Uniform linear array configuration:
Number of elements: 4
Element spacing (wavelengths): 0.75
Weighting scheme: blackman
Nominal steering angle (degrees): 0
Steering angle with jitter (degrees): -0.4026
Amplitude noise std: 0.05
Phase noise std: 0.05

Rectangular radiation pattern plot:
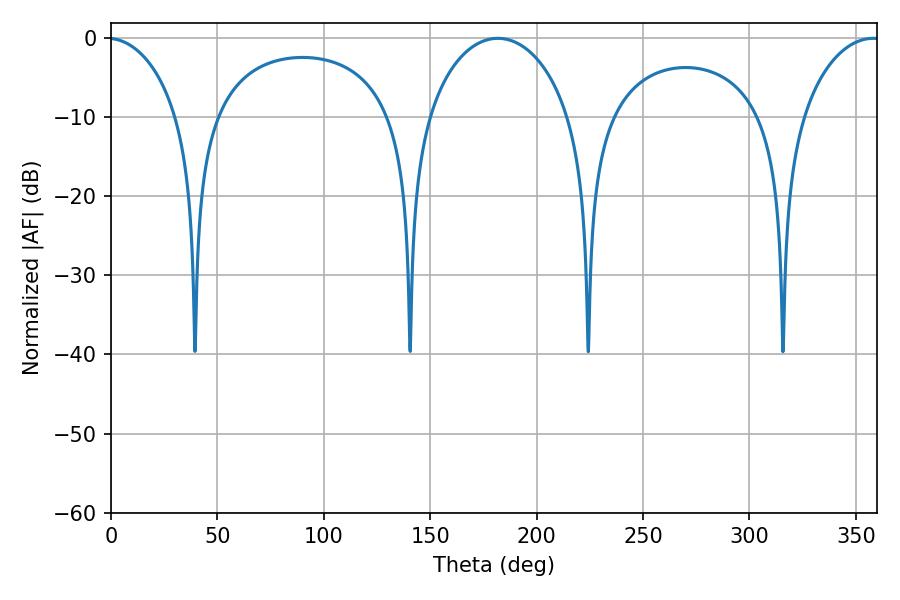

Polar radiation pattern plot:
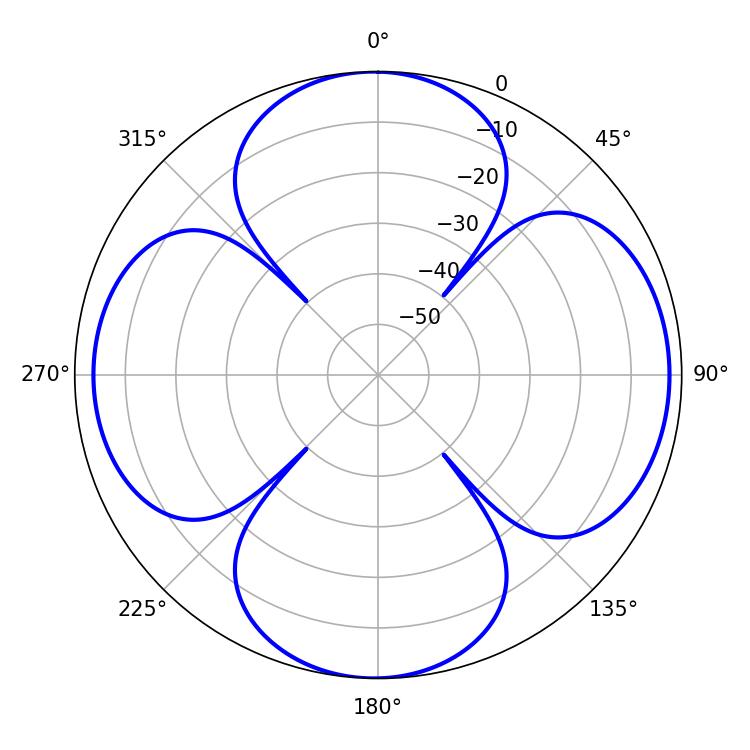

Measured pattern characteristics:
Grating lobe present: TRUE
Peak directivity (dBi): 11.897
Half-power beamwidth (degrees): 38.7
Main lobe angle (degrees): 181.8